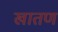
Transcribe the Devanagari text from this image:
खातण